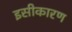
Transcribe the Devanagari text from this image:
इसीकारण